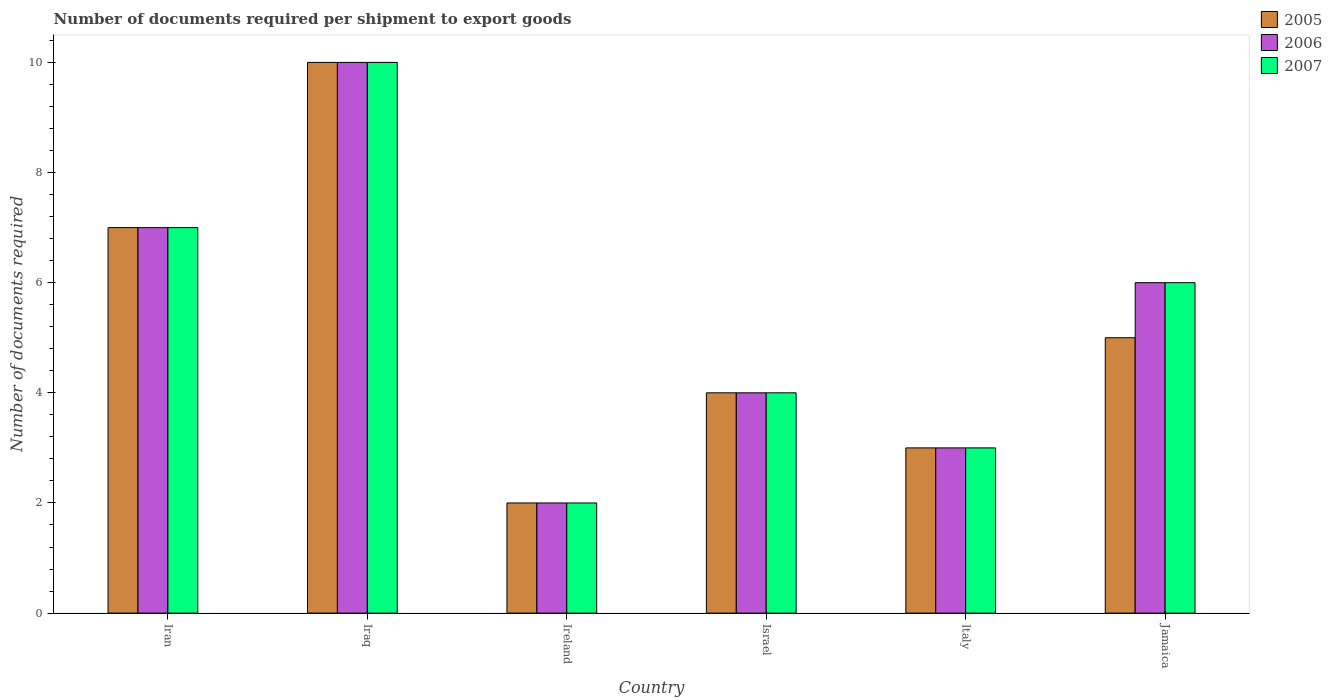
| Country | 2005 | 2006 | 2007 |
 | --- | --- | --- | --- |
 | Iran | 7 | 7 | 7 |
 | Iraq | 10 | 10 | 10 |
 | Ireland | 2 | 2 | 2 |
 | Israel | 4 | 4 | 4 |
 | Italy | 3 | 3 | 3 |
 | Jamaica | 5 | 6 | 6 |